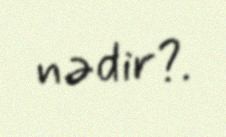
nədir?.